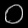
Digit: ၀